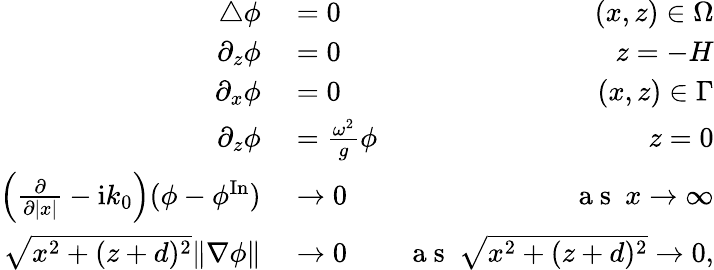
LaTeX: \begin{array}{rlr}{\bigtriangleup\phi}&{{}=0}&{(x,z)\in\Omega}\\ {\partial_{z}\phi}&{{}=0}&{z=-H}\\ {\partial_{x}\phi}&{{}=0}&{(x,z)\in\Gamma}\\ {\partial_{z}\phi}&{{}=\frac{\omega^{2}}{g}\phi}&{z=0}\\ {\left(\frac{\partial}{\partial|x|}-\mathrm{i}k_{0}\right)(\phi-\phi^{\mathrm{In}})}&{{}\to 0}&{\mathrm{~a~s~\ }x\to\infty}\\ {\sqrt{x^{2}+(z+d)^{2}}\| \nabla\phi\| }&{{}\to 0}&{\mathrm{~a~s~\ }\sqrt{x^{2}+(z+d)^{2}}\to 0,}\end{array}